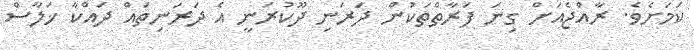
ކަމަށެވެ. ރާއްޖެއަށް ގިނަ ފަރާތްތަކުން ދަރަނި ދޫކުރަނީ އެ ދަރަނިތައް ދައްކާ ޚަލާސް